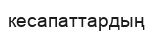
кесапаттардың